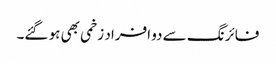
فائرنگ سے دو افراد زخمی بھی ہو گئے۔